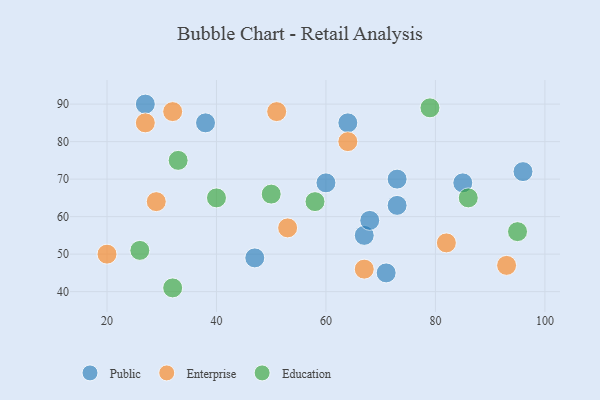
{"axis": {"x": "GDP", "y": "Life Expectancy"}, "legend": ["Education", "Enterprise", "Public"], "data": [{"x": "67", "y": 55, "type": "Public"}, {"x": "85", "y": 69, "type": "Public"}, {"x": "64", "y": 85, "type": "Public"}, {"x": "73", "y": 70, "type": "Public"}, {"x": "38", "y": 85, "type": "Public"}, {"x": "71", "y": 45, "type": "Public"}, {"x": "68", "y": 59, "type": "Public"}, {"x": "60", "y": 69, "type": "Public"}, {"x": "27", "y": 90, "type": "Public"}, {"x": "47", "y": 49, "type": "Public"}, {"x": "96", "y": 72, "type": "Public"}, {"x": "73", "y": 63, "type": "Public"}, {"x": "82", "y": 53, "type": "Enterprise"}, {"x": "53", "y": 57, "type": "Enterprise"}, {"x": "20", "y": 50, "type": "Enterprise"}, {"x": "29", "y": 64, "type": "Enterprise"}, {"x": "32", "y": 88, "type": "Enterprise"}, {"x": "27", "y": 85, "type": "Enterprise"}, {"x": "67", "y": 46, "type": "Enterprise"}, {"x": "93", "y": 47, "type": "Enterprise"}, {"x": "64", "y": 80, "type": "Enterprise"}, {"x": "51", "y": 88, "type": "Enterprise"}, {"x": "95", "y": 56, "type": "Education"}, {"x": "79", "y": 89, "type": "Education"}, {"x": "32", "y": 41, "type": "Education"}, {"x": "26", "y": 51, "type": "Education"}, {"x": "58", "y": 64, "type": "Education"}, {"x": "50", "y": 66, "type": "Education"}, {"x": "40", "y": 65, "type": "Education"}, {"x": "86", "y": 65, "type": "Education"}, {"x": "33", "y": 75, "type": "Education"}]}